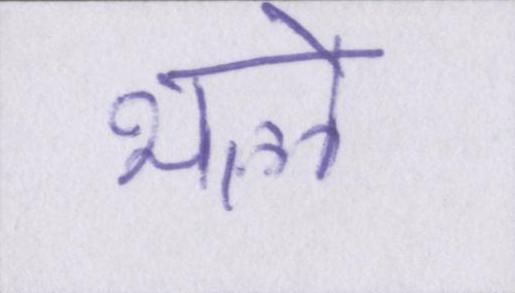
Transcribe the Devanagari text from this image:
भले